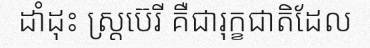
ដាំដុះ ស្ត្រប៊េរី គឺជារុក្ខជាតិដែល